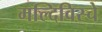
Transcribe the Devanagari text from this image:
मल्दिविस्चे